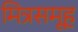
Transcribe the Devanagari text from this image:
मित्रसमूह